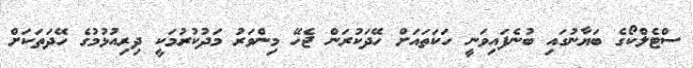
ސްޓެލްކޯގެ ބަޔާނުގައި ބުނެފައިވަނީ ހަކަތައަށް ހޭދަކުރަން ޖެހޭ މިންވަރު މަދުކުރުމަކީ ދިރިއުޅުމުގެ ހޭދަތަކަށް